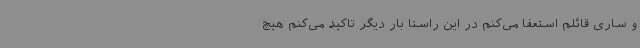
و ساری قائلم استعفا می‌کنم در این راستا بار دیگر تاکید می‌کنم هیچ